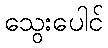
သွေးပေါင်